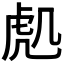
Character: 𮓟